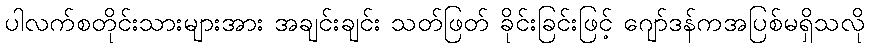
ပါလက်စတိုင်းသားများအား အချင်းချင်း သတ်ဖြတ် ခိုင်းခြင်းဖြင့် ဂျော်ဒန်ကအပြစ်မရှိသလို